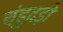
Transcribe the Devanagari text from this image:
चंहुदड़ों